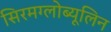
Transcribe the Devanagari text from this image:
सिरमग्लोब्यूलिन